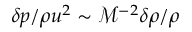
\delta p / \rho u ^ { 2 } \sim \mathcal { M } ^ { - 2 } \delta \rho / \rho